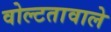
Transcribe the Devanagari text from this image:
वोल्टतावाले